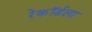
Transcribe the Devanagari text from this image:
रेकॉर्डला